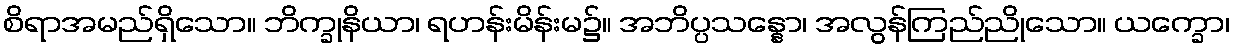
စိရာအမည်ရှိသော။ ဘိက္ခုနိယာ၊ ရဟန်းမိန်းမ၌။ အဘိပ္ပသန္နော၊ အလွန်ကြည်ညိုသော။ ယက္ခော၊